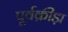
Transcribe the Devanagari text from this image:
पूर्वक्रीड़ा